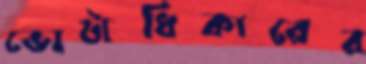
ভোটাধিকারের